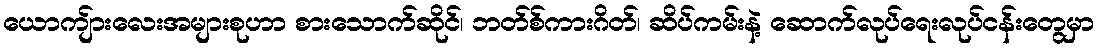
ယောကျ်ားလေးအများစုဟာ စားသောက်ဆိုင်၊ ဘတ်စ်ကားဂိတ်၊ ဆိပ်ကမ်းနဲ့ ဆောက်လုပ်ရေးလုပ်ငန်းတွေမှာ